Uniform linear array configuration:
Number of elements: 4
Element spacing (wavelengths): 1
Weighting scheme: uniform
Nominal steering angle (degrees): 60
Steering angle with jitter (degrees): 60.646
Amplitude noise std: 0.05
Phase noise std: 0.05

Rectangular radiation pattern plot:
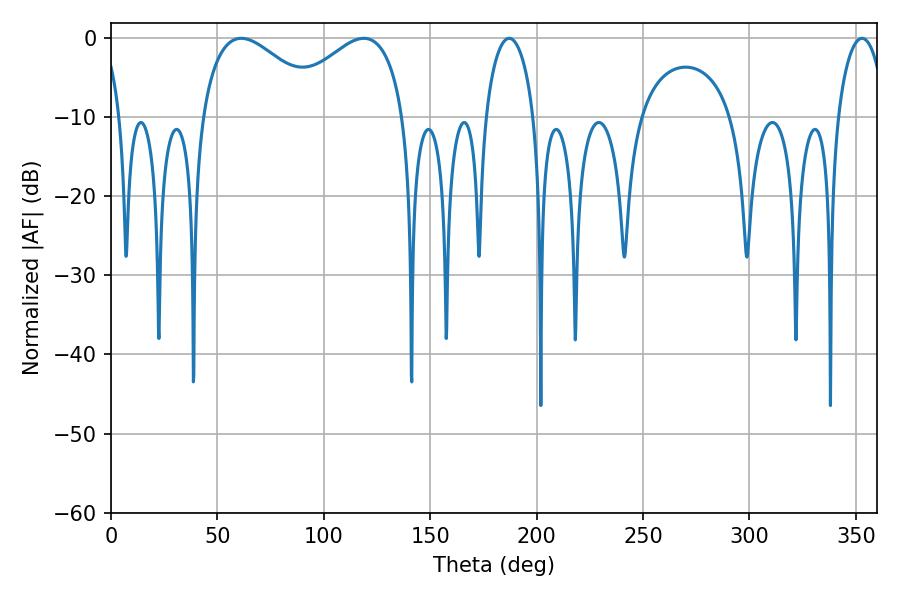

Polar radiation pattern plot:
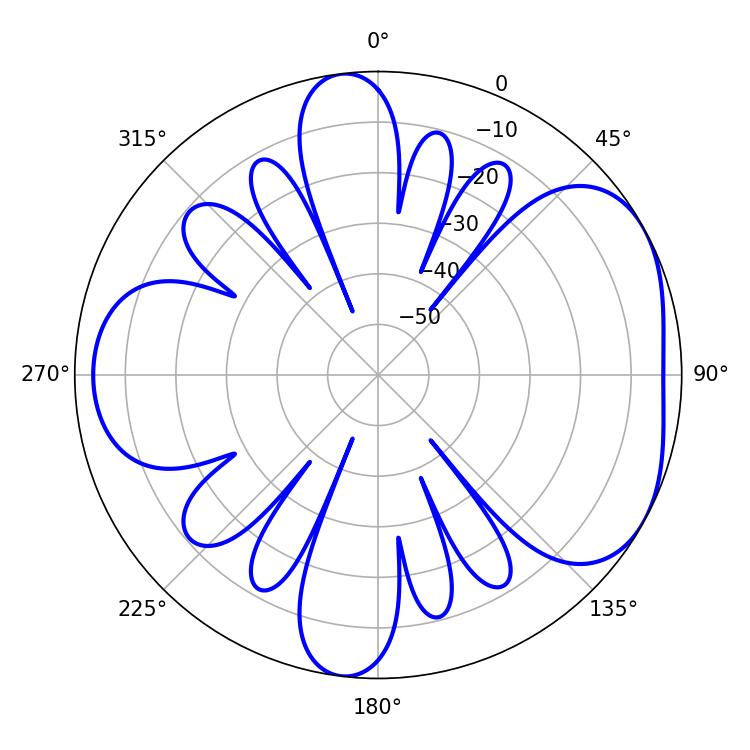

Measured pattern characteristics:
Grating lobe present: TRUE
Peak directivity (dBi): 4.794
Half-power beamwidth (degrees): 31.86
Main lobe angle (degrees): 61.2